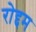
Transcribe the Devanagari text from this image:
रोद्दम